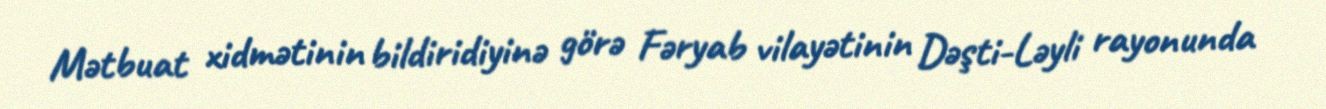
Mətbuat xidmətinin bildiridiyinə görə Fəryab vilayətinin Dəşti-Ləyli rayonunda